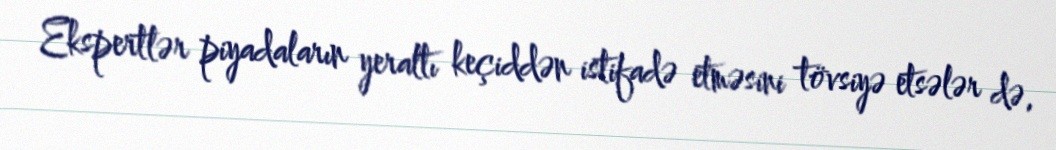
Ekspertlər piyadaların yeraltı keçiddən istifadə etməsini tövsiyə etsələr də,